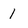
Character: 1